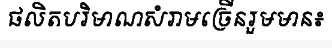
ផលិតបរិមាណសំរាមច្រើនរួមមាន៖